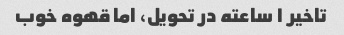
تاخیر ۱ ساعته در تحویل، اما قهوه خوب